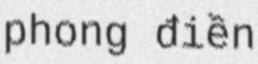
phong điền